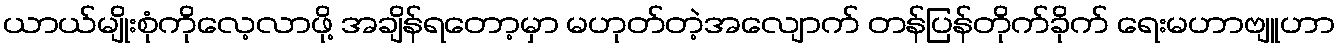
ယာယ်မျိုးစုံကိုလေ့လာဖို့ အချိန်ရတော့မှာ မဟုတ်တဲ့အလျောက် တန်ပြန်တိုက်ခိုက် ရေးမဟာဗျူဟာ